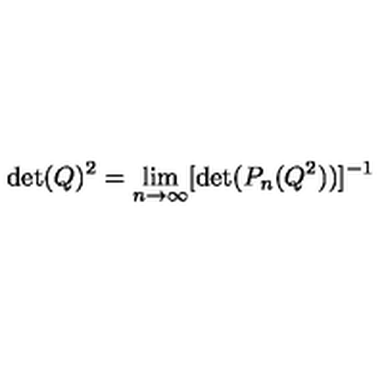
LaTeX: \det ( Q ) ^ { 2 } = \lim _ { n \rightarrow \infty } [ \det ( P _ { n } ( Q ^ { 2 } ) ) ] ^ { - 1 }